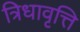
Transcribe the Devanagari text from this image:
त्रिधावृत्ति